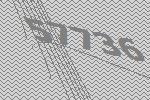
57736